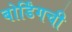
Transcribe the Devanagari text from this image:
बोर्डिंगची